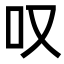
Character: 叹